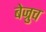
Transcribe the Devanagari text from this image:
बेज्रुच